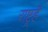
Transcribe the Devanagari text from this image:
राष्ट्रहै